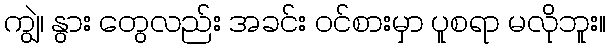
ကျွဲ၊ နွား တွေလည်း အခင်း ဝင်စားမှာ ပူစရာ မလိုဘူး။